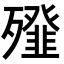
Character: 𣩶